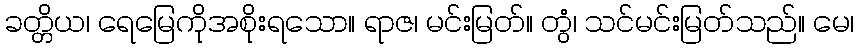
ခတ္တိယ၊ ရေမြေကိုအစိုးရသော။ ရာဇ၊ မင်းမြတ်။ တွံ၊ သင်မင်းမြတ်သည်။ မေ၊